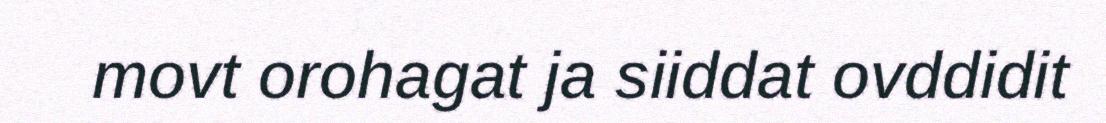
movt orohagat ja siiddat ovddidit